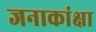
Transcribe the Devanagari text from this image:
जनाकांक्षा